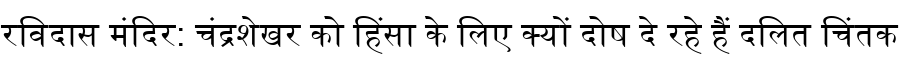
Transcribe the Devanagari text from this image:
रविदास मंदिर: चंद्रशेखर को हिंसा के लिए क्यों दोष दे रहे हैं दलित चिंतक